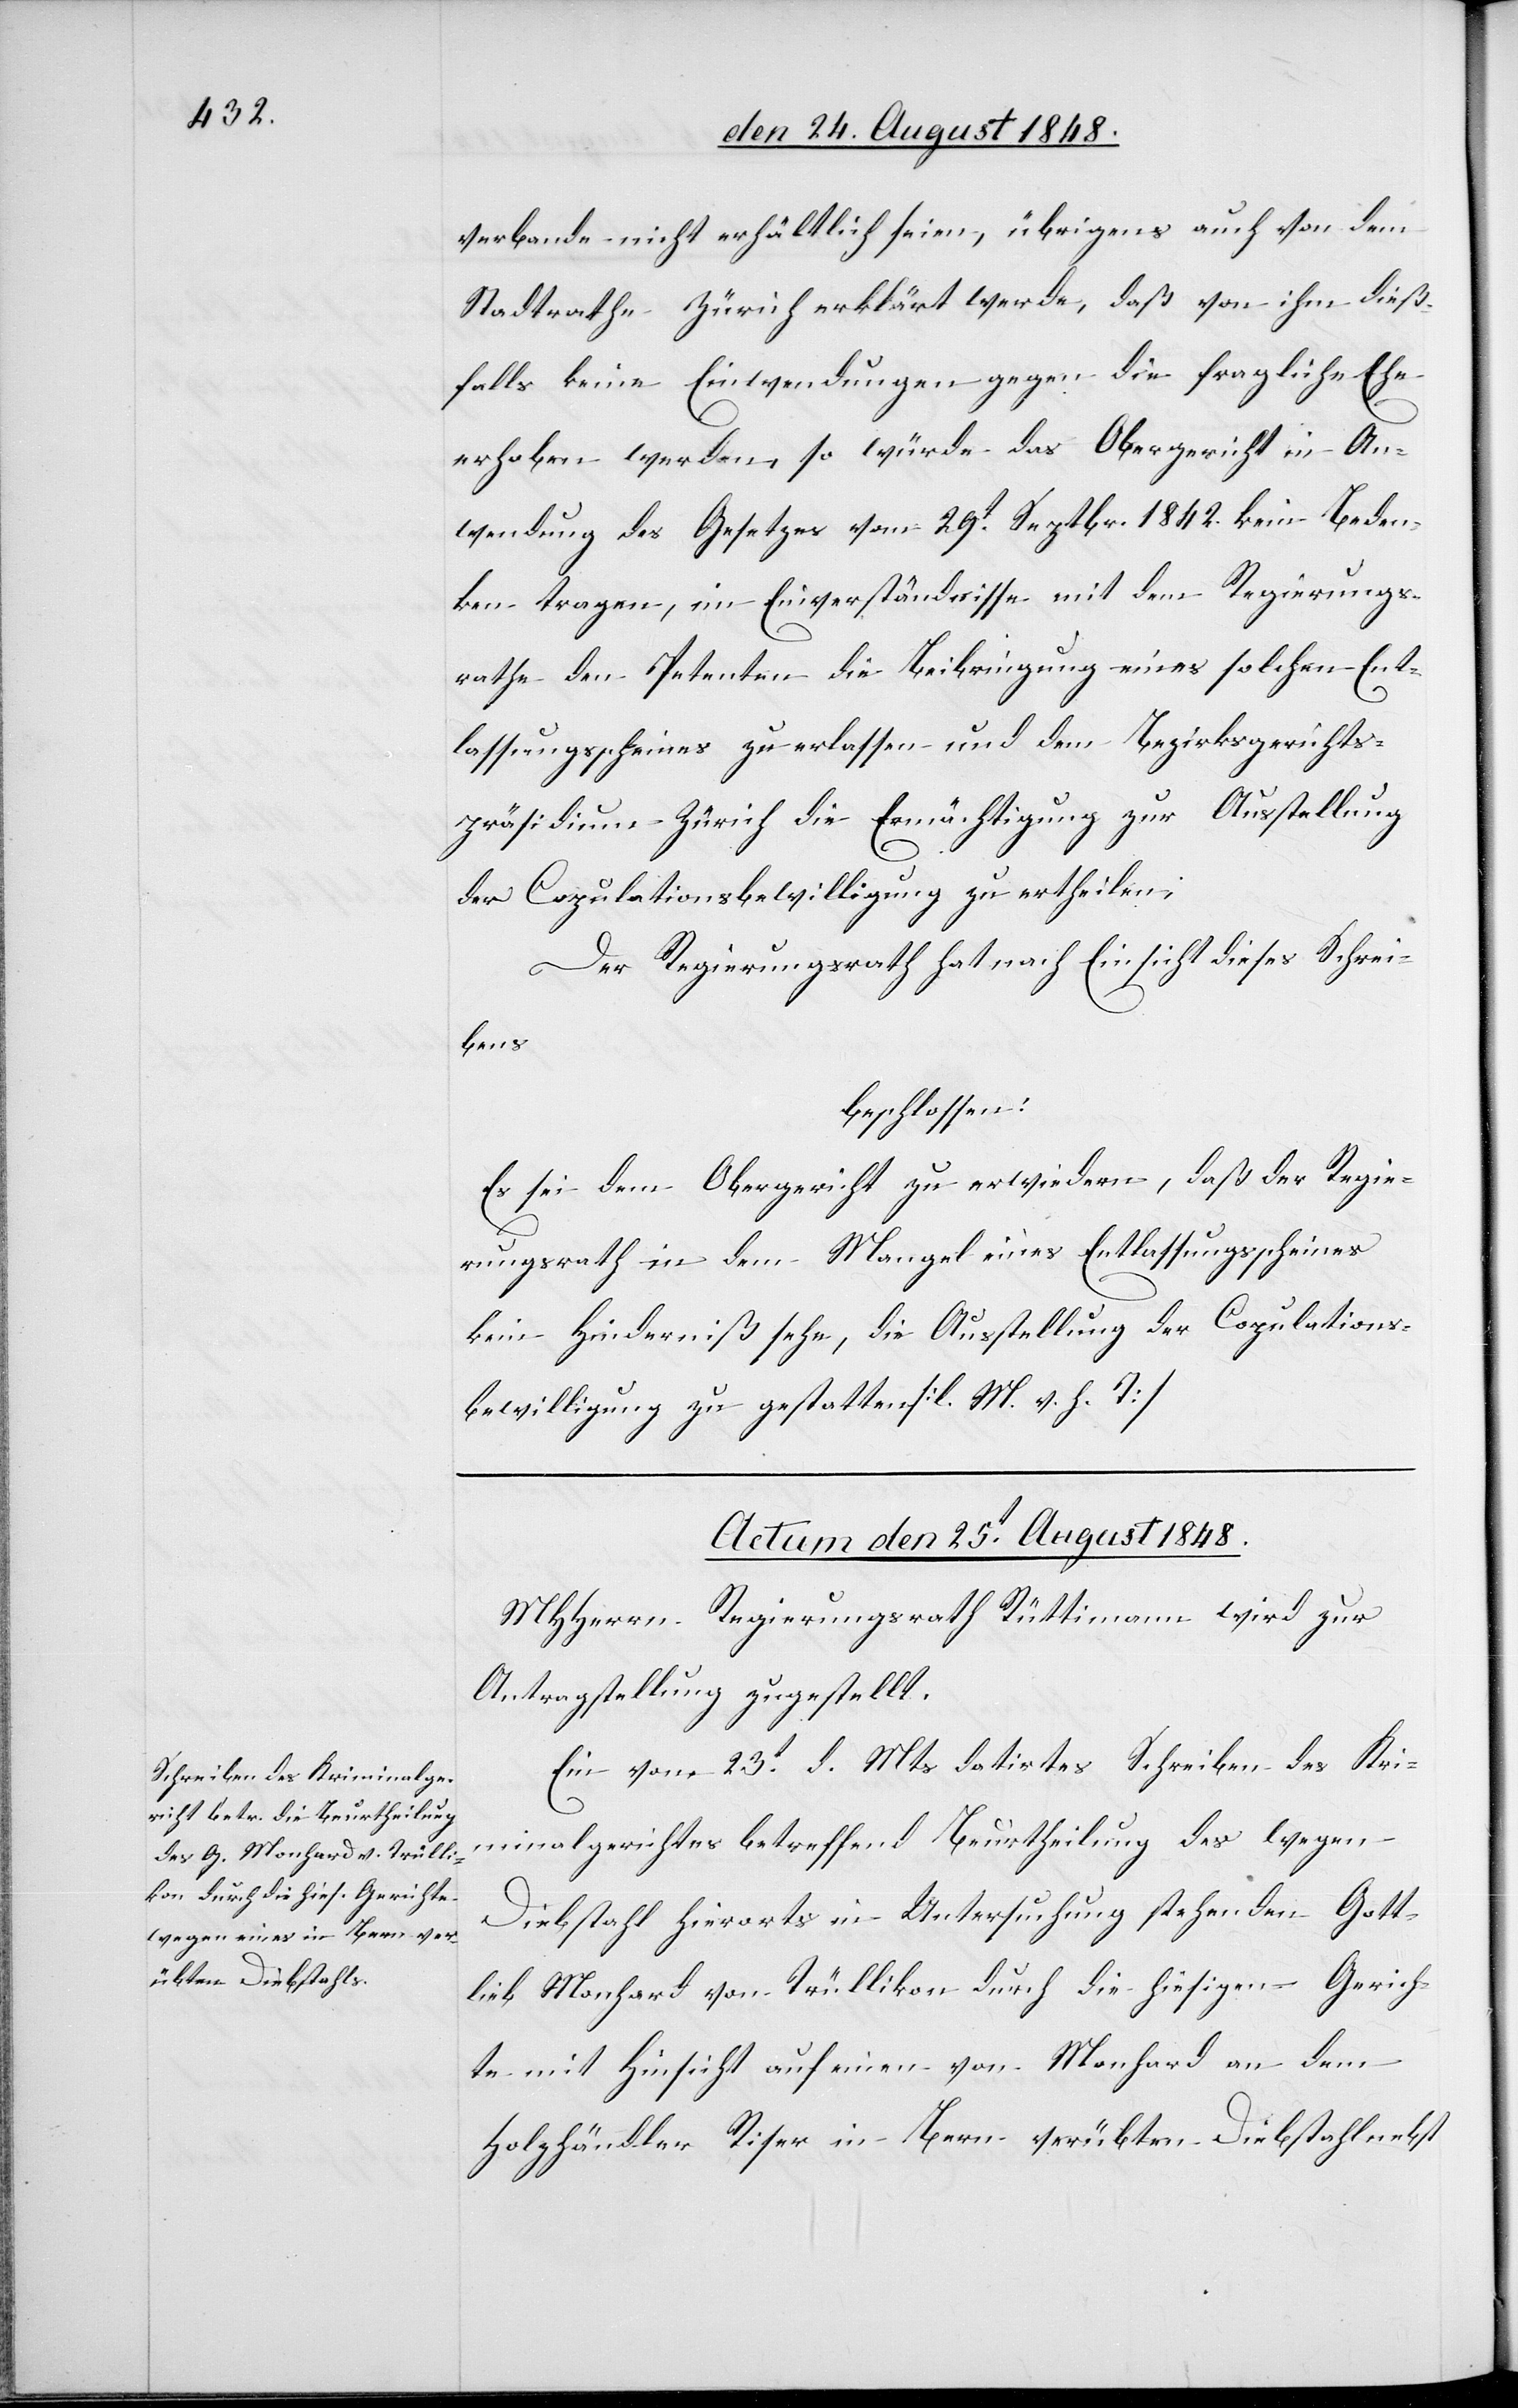
verbande nicht erhältlich seien, übrigens auch von dem
Stadtrathe Zürich erklärt werde, daß von ihm dieß¬
falls keine Einwendungen gegen die fragliche Ehe
erhoben werden, so würde das Obergericht in An¬
wendung des Gesetzes vom 29t Septbr. 1842. kein Beden¬
ken tragen, im Einverständnisse mit dem Regierungs¬
rathe den Petenten die Beibringung eines solchen Ent¬
lassungsscheines zu erlassen und dem Bezirksgerichts¬
präsidium Zürich die Ermächtigung zur Ausstellung
der Copulationsbewilligung zu ertheilen;
Der Regierungsrath hat nach Einsicht dieses Schrei¬
bens
beschlossen:
Es sei dem Obergericht zu erwiedern, daß der Regie¬
rungsrath in dem Mangel eines Entlassungsscheines
kein Hinderniß sehe, die Ausstellung der Copulations¬
bewilligung zu gestatten. [l. M. v. h. T]
Actum den 25t August 1848.
MHHerrn Regierungsrath Rüttimann wird zur
Antragstellung zugestellt.
Ein vom 23t d. Mts. datirtes Schreiben des Kri¬
minalgerichtes betreffend Beurtheilung des wegen
Diebstahl hierorts in Untersuchung stehenden Gott¬
lieb Monhard von Trüllikon durch die hiesigen Gerich¬
te mit Hinsicht auf einen von Monhard an dem
Holzhändler Riser in Bern verübten Diebstahl nebst